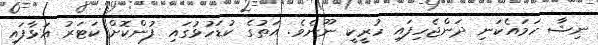
ނިޝާ ހަމައެކަނި ދަންޖެހިފައި ހުރީކީ ނޫނެވެ. އަތުގެ ކުޑަހުޅުގައި ފުންކޮށް ކަޓަރު އަޅާފައި